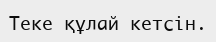
Теке құлай кетсін.